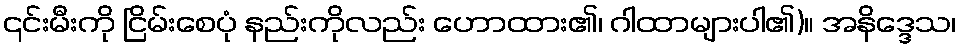
၎င်းမီးကို ငြိမ်းစေပုံ နည်းကိုလည်း ဟောထား၏၊ ဂါထာများပါ၏)။ အနိဒ္ဒေသ၊